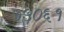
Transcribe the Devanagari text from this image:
७५०६१